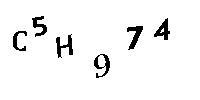
C5H974